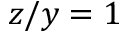
z / y = 1